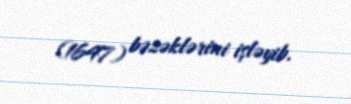
(1647) bəzəklərini işləyib.